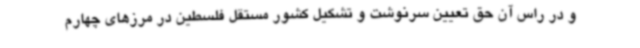
و در راس آن حق تعیین سرنوشت و تشکیل کشور مستقل فلسطین در مرزهای چهارم